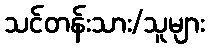
သင်တန်းသား/သူများ